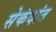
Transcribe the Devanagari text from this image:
सेकंदांत